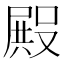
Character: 𭮺